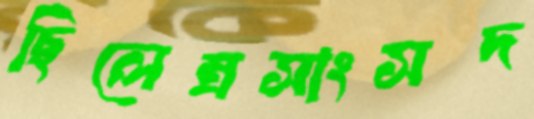
ছিলেন্রসাংসদ